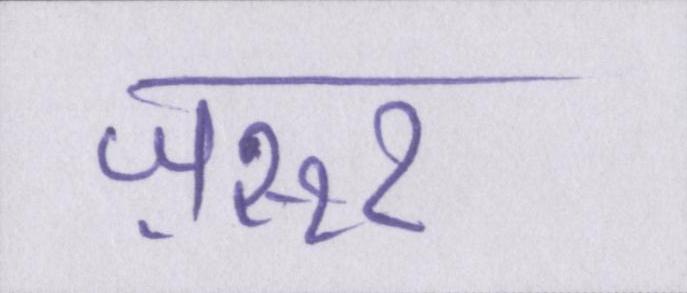
ज़रूर